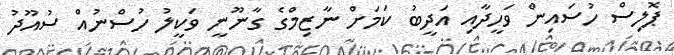
ޕޮލިސް ހުސައިން ވަހީދާއި އަދީބު ކަމަށް ނާޒިމްގެ ގާނޫނީ ވަކީލު ހުސްނުއް ސުއޫދު